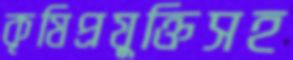
কৃষিপ্রযুক্তিসহ